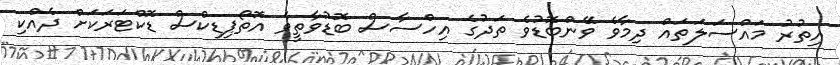
އިތުރު މައްސަލަތައް ދިމާވެ ވޭންބޮޑުވެ ތަދުގެ އިހްސާސް ބޮޑުވާތީވެ އޮތޯޕިޑިކްސް ޑޮކްޓަރަކަށް ދެއްކި